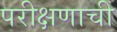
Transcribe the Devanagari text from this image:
परीक्षणाची